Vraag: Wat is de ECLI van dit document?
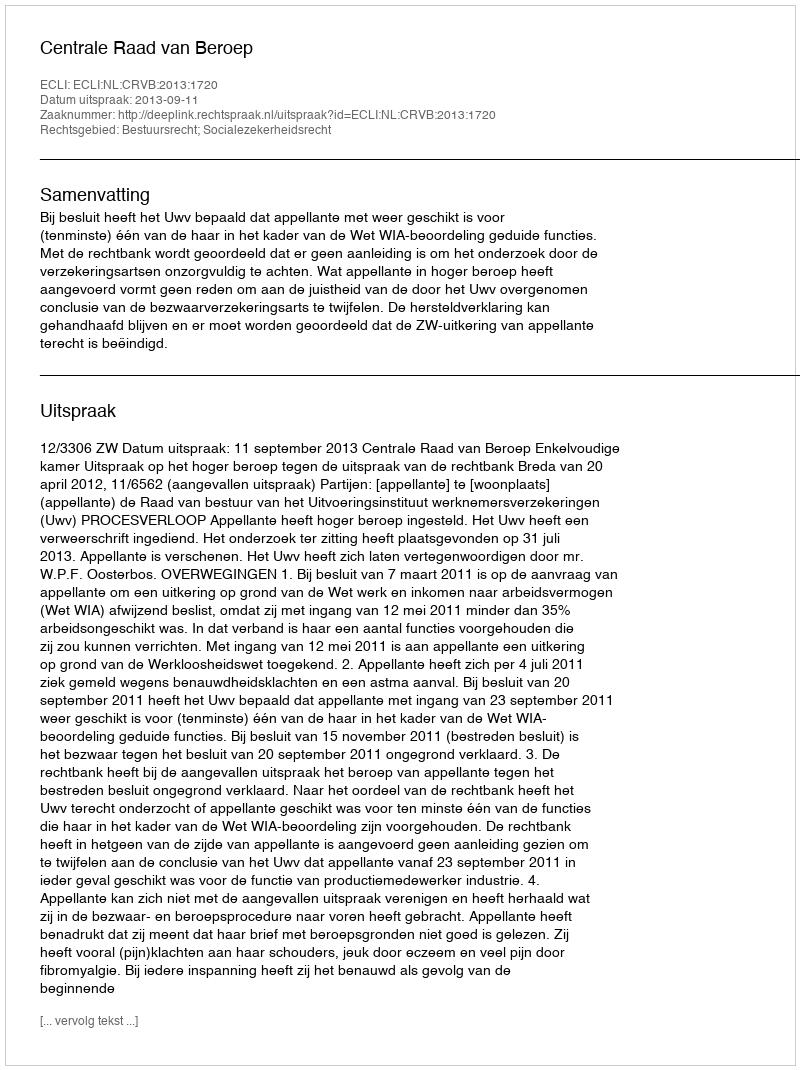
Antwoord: ECLI:NL:CRVB:2013:1720